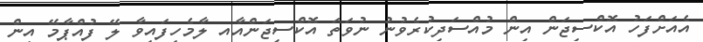
އެއަށްފަހު އޮކްސިޖަން އިން މުއްސަދިކުރެވުނު ނުވަތަ އޮކްސިޖަންއާއ ލާމެހިފައިވާ ލޭ ފުއްޕާމޭ އިން